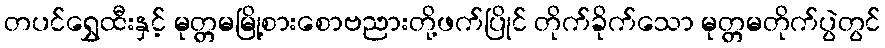
တပင်ရွှေထီးနှင့် မုတ္တမမြို့စားစောဗညားတို့ဖက်ပြိုင် တိုက်ခိုက်သော မုတ္တမတိုက်ပွဲတွင်